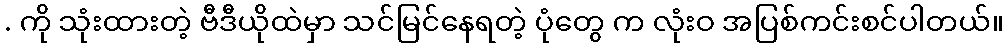
. ကို သုံးထားတဲ့ ဗီဒီယိုထဲမှာ သင်မြင်နေရတဲ့ ပုံတွေ က လုံးဝ အပြစ်ကင်းစင်ပါတယ်။